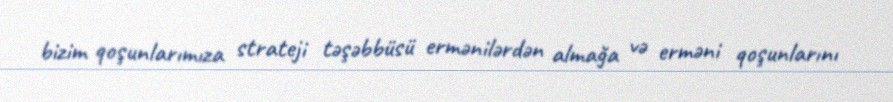
bizim qoşunlarımıza strateji təşəbbüsü ermənilərdən almağa və erməni qoşunlarını